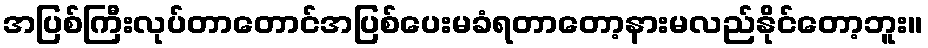
အပြစ်ကြီးလုပ်တာတောင်အပြစ်ပေးမခံရတာတော့နားမလည်နိုင်တော့ဘူး။